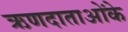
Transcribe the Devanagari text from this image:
ऋणदाताओंके